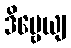
ဒိဗ္ဗေယျ